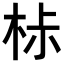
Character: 𣐹